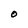
Character: O